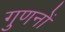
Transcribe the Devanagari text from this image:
गुणनों